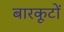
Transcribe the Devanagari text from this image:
बारकूटों